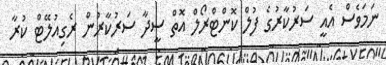
ނަމަވެސް އެއީ ސަރުކާރުގެ ފުލް ކޮންޓްރޯލް އޮތް ސީދާ ސަރުކާރުން ރެގިއުލޭޓް ކުރާ